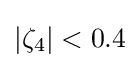
|\zeta _{4}|<0.4